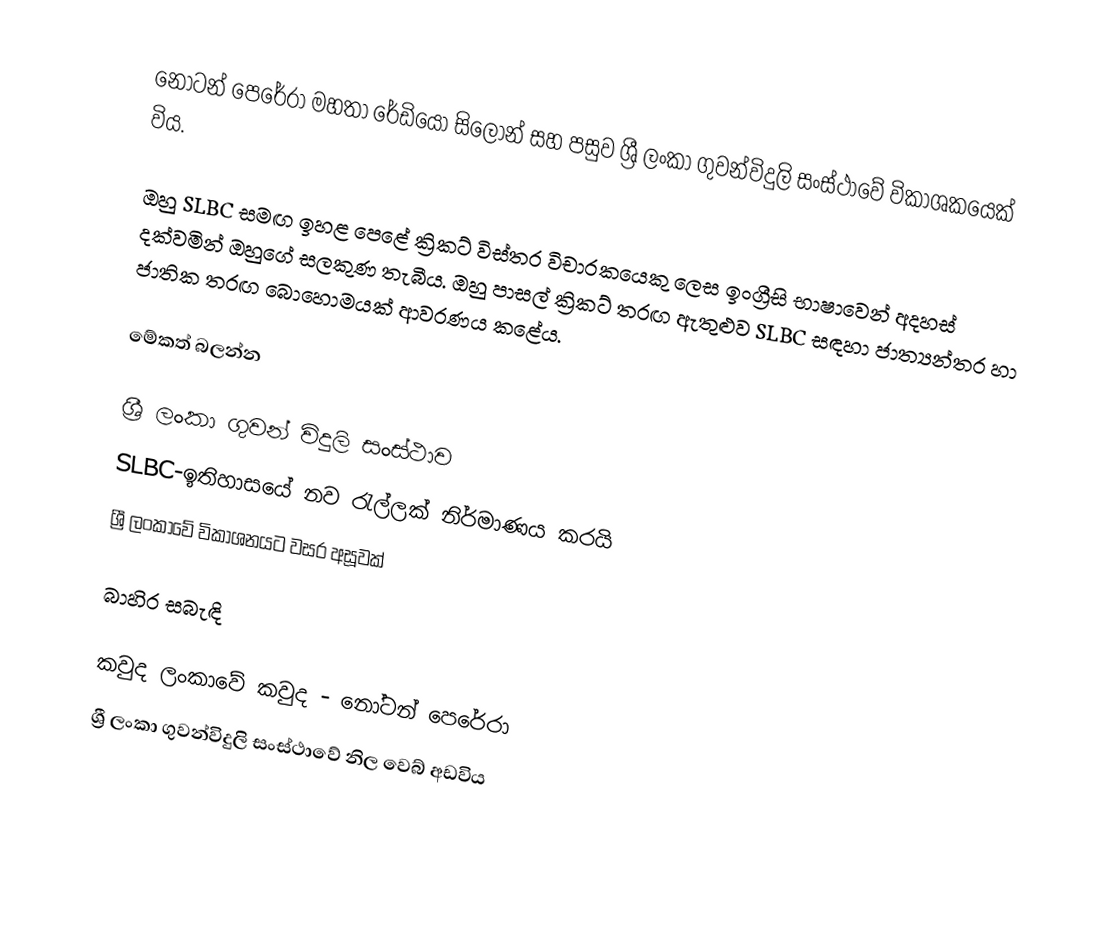
නෝටන් පෙරේරා මහතා රේඩියෝ සිලෝන් සහ පසුව ශ්‍රී ලංකා ගුවන්විදුලි සංස්ථාවේ විකාශකයෙක් විය.

ඔහු SLBC සමඟ ඉහළ පෙළේ ක්‍රිකට් විස්තර විචාරකයෙකු ලෙස ඉංග්‍රීසි භාෂාවෙන් අදහස් දක්වමින් ඔහුගේ සලකුණ තැබීය. ඔහු පාසල් ක්‍රිකට් තරඟ ඇතුළුව SLBC සඳහා ජාත්‍යන්තර හා ජාතික තරඟ බොහොමයක් ආවරණය කළේය.

මේකත් බලන්න

 ශ්‍රී ලංකා ගුවන් විදුලි සංස්ථාව
 SLBC-ඉතිහාසයේ නව රැල්ලක් නිර්මාණය කරයි
 ශ්‍රී ලංකාවේ විකාශනයට වසර අසූවක්

බාහිර සබැඳි

 කවුද ලංකාවේ කවුද - නෝටන් පෙරේරා
 ශ්‍රී ලංකා ගුවන්විදුලි සංස්ථාවේ නිල වෙබ් අඩවිය